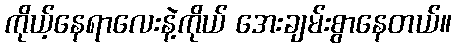
ကိုယ့်နေရာလေးနဲ့ကိုယ် အေးချမ်းစွာနေတယ်။